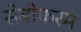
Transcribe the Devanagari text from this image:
सेबीफरम